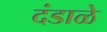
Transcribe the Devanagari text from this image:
दंडाळे